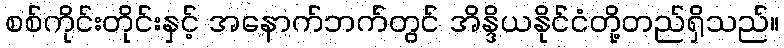
စစ်ကိုင်းတိုင်းနှင့် အနောက်ဘက်တွင် အိန္ဒိယနိုင်ငံတို့တည်ရှိသည်။